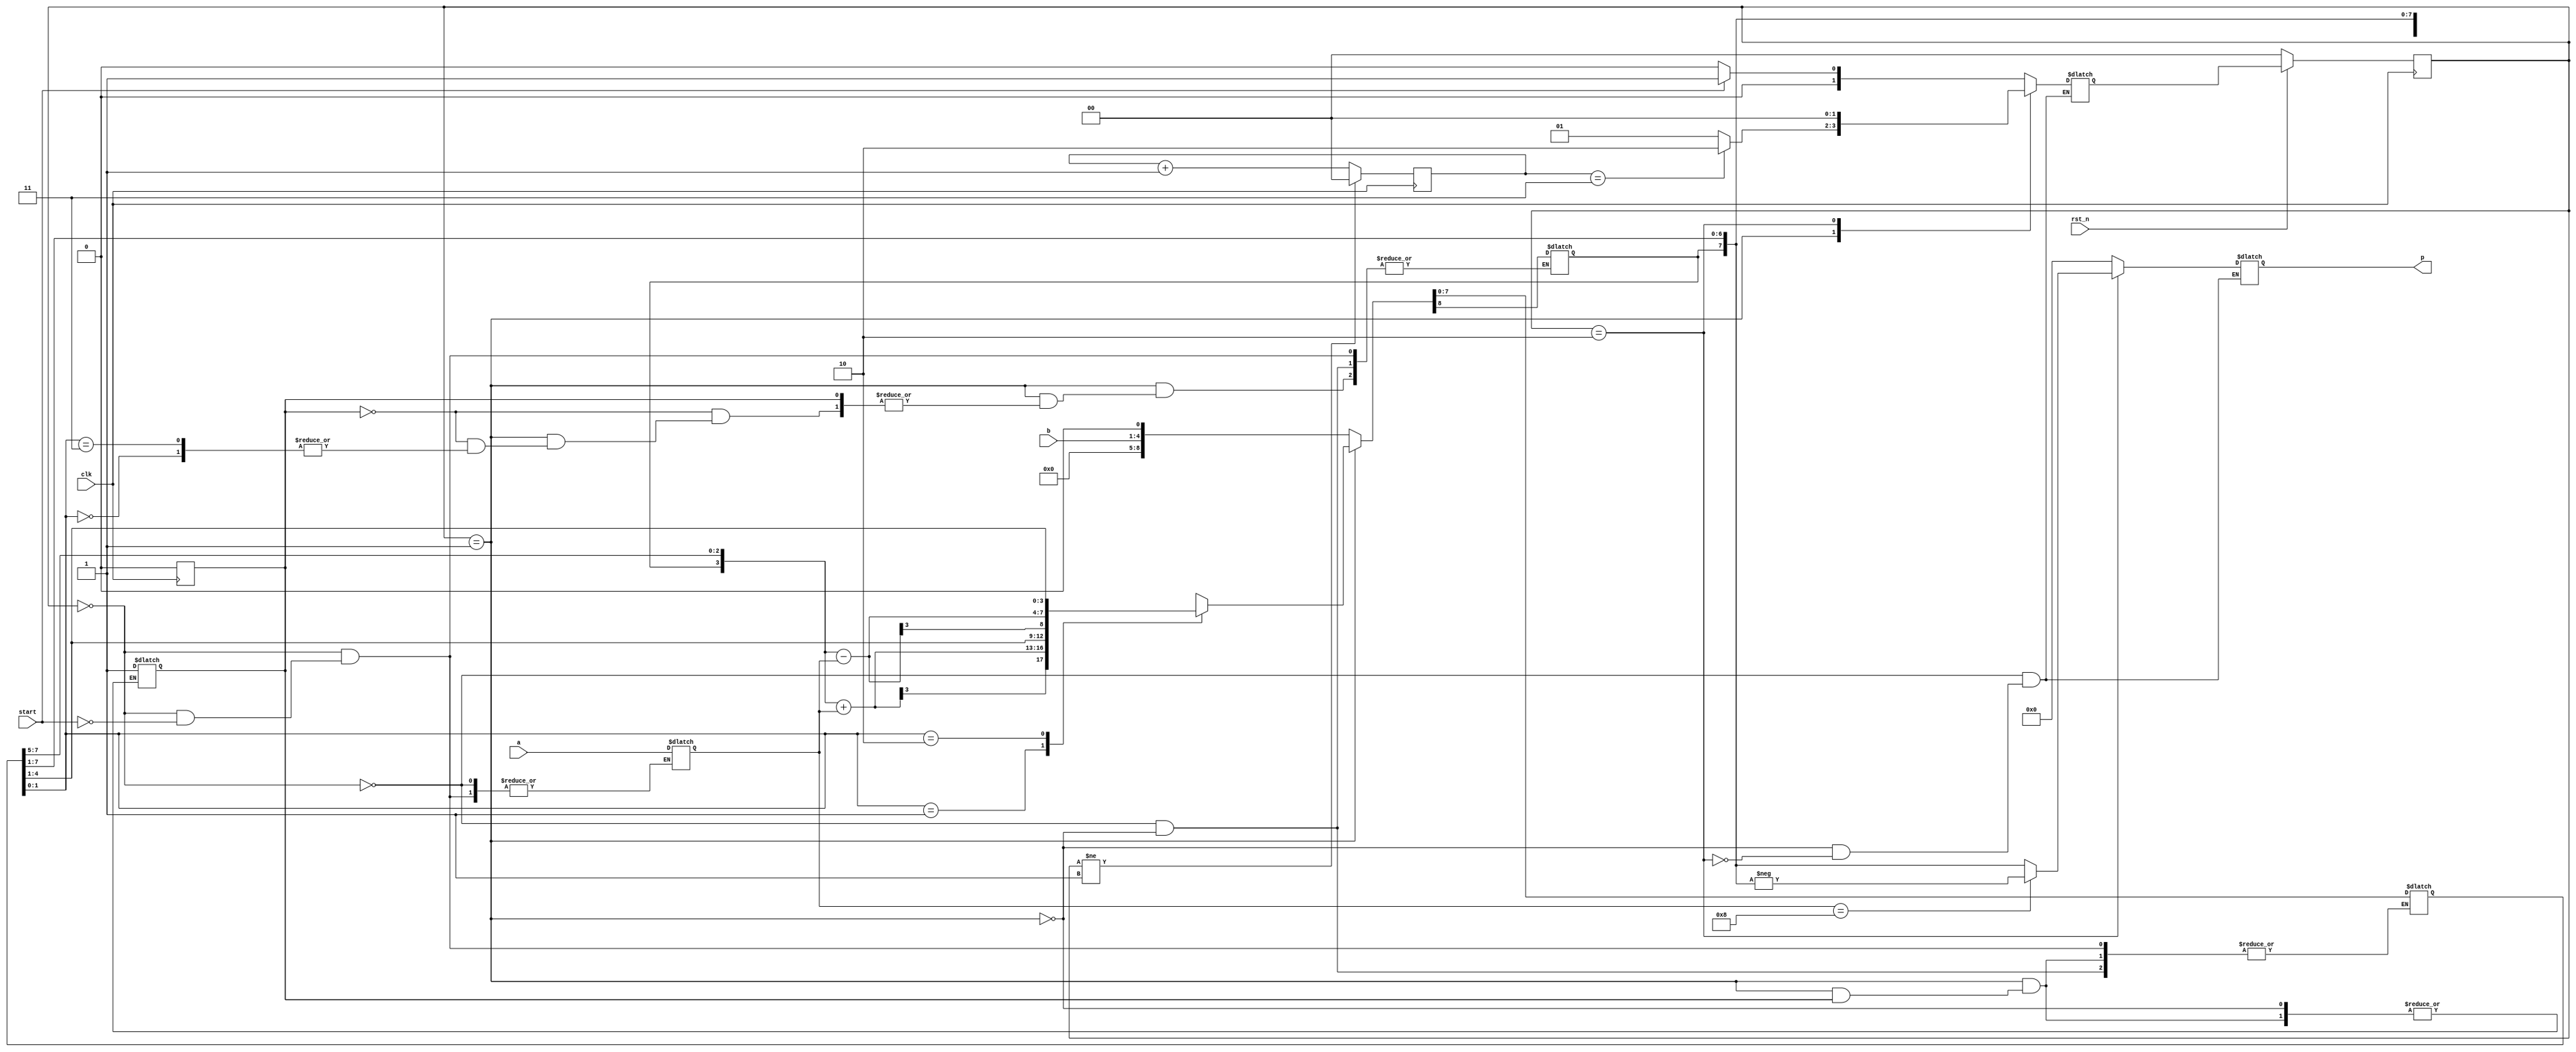
`timescale 1ns/1ps 

module Booth_Multiplier_4bit(clk, rst_n, start, a, b, p);
input clk;
input rst_n; 
input start;
input signed [3:0] a, b;
output signed [7:0] p;
parameter WAIT = 2'b00;
parameter CAL = 2'b01;
parameter FINISH = 2'b10;
reg signed[7:0] p;
reg[1:0] state,next_state;
reg[3:0]cur_a,cur_b;
reg[3:0]Q;
reg[1:0]cnt;
reg Q_last,flag;
reg [8:0] ans;
wire signed [7:0] out;
assign out=ans[8:1];
always@(posedge clk)begin
    flag<=0;
    if(!rst_n) state<=WAIT;
    else state<=next_state;
end

always@(posedge clk)begin
    if(state!=CAL) cnt=2'b00;
    else cnt<=cnt+2'b01;
end

always@*begin
    case(state)
    WAIT: p=0;
    CAL: p=0;
    FINISH:begin
        if(cur_a==-4'd8) p=-out;
        else p=out;
    end
    default:begin end
    endcase
end

always@*begin
    case(state)
    WAIT:begin
        if(start)begin
            cur_a=a;
            cur_b=b;
            ans={4'b0000,cur_b,1'b0};
            next_state=CAL;
        end
        else next_state=WAIT;
    end
    CAL:begin
        if(cnt==2'b11) next_state=FINISH;
        else next_state=CAL;
            if(!flag)begin
                flag=1;
                case(ans[1:0])
                2'b00:begin
                    ans={ans[8],ans[8:1]};
                end
                2'b01:begin
                    ans[8:5]=ans[8:5]+cur_a;
                    ans={ans[8],ans[8:1]};
                end
                2'b10:begin
                    ans[8:5]=ans[8:5]-cur_a;
                    ans={ans[8],ans[8:1]};
                end
                2'b11: ans={ans[8],ans[8:1]};
                default:begin end
                endcase
            end
    end
    FINISH: next_state=WAIT;
    default:begin end
    endcase
end
endmodule